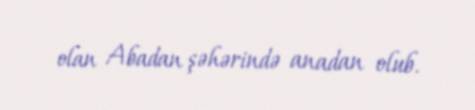
olan Abadan şəhərində anadan olub.